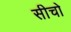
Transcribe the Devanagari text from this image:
सीचो